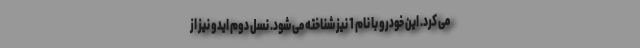
می کرد. این خودرو با نام 1 نیز شناخته می شود. نسل دوم ایدو نیز از